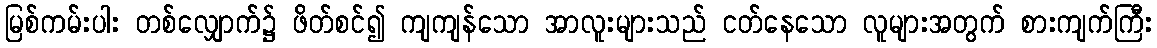
မြစ်ကမ်းပါး တစ်လျှောက်၌ ဖိတ်စင်၍ ကျကျန်သော အာလူးများသည် ငတ်နေသော လူများအတွက် စားကျက်ကြီး